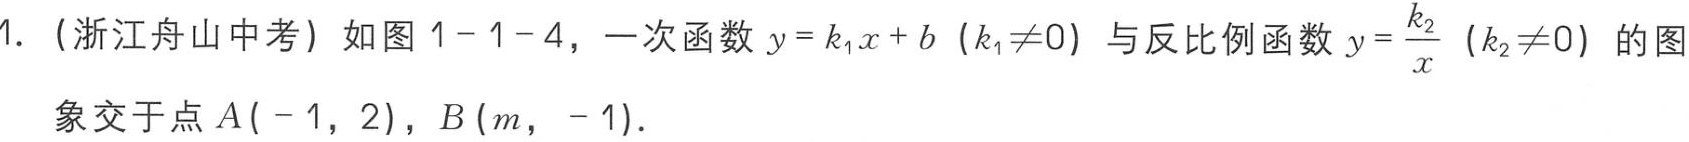
1.（浙江舟山中考）如图1 - 1 - 4，一次函数\(y = k_{1}x + b\)（\(k_{1}\neq0\)）与反比例函数\(y=\frac{k_{2}}{x}\)（\(k_{2}\neq0\)）的图象交于点\(A(-1,2)\)，\(B(m,-1)\)．